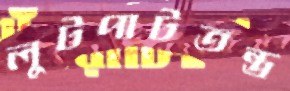
লুটপাটতন্ত্র